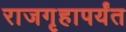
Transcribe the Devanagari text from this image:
राजगृहापर्यंत